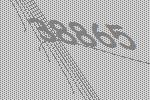
38865